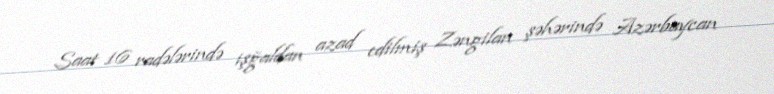
Saat 16 radələrində işğaldan azad edilmiş Zəngilan şəhərində Azərbaycan